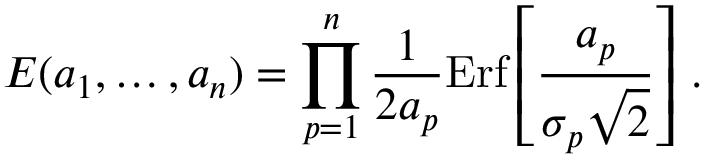
E ( a _ { 1 } , \dots , a _ { n } ) = \prod _ { p = 1 } ^ { n } { \frac { 1 } { 2 a _ { p } } } \mathrm { E r f } \left[ { \frac { a _ { p } } { \sigma _ { p } \sqrt 2 } } \right] \, .